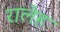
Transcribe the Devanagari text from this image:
रालेह